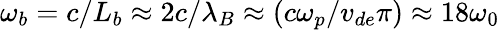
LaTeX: \omega_{b}=c/L_{b}\approx 2c/\lambda_{B}\approx(c\omega_{p}/v_{de}\pi)\approx 18\omega_{0}